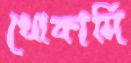
খোকামি